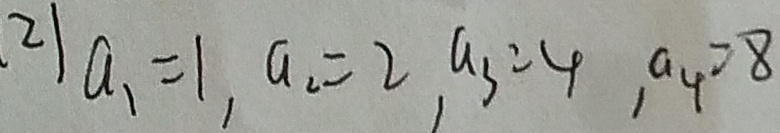
( 2 ) a _ { 1 } = 1 , a _ { 2 } = 2 , a _ { 3 } = 4 , a _ { 4 } = 8